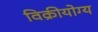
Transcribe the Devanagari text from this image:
विक्रीयोग्य